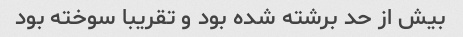
بیش از حد برشته شده بود و تقریبا سوخته بود